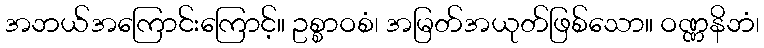
အဘယ်အကြောင်းကြောင့်။ ဥစ္စာဝစံ၊ အမြတ်အယုတ်ဖြစ်သော။ ဝဏ္ဏနိဘံ၊